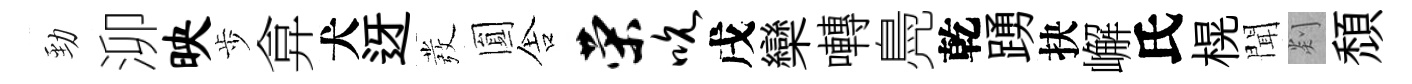
勁泖映歩弇犬迓發圎舎荣吮戌欒囀鳧乾踴抉嶰氏榥聞剡頹